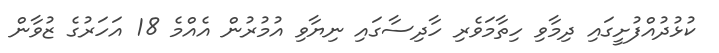
ކުޅުދުއްފުށީގައި ދިމާވި ހިތާމަވެރި ހާދިސާގައި ނިޔާވި އުމުރުން އެއްމެ 18 އަހަރުގެ ޒުވާން